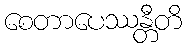
စေတာပေဿန္တီတိ